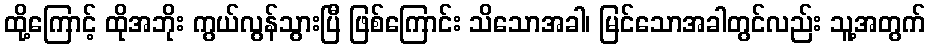
ထို့ကြောင့် ထိုအဘိုး ကွယ်လွန်သွားပြီ ဖြစ်ကြောင်း သိသောအခါ၊ မြင်သောအခါတွင်လည်း သူ့အတွက်